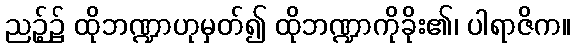
ညဉ့်၌ ထိုဘဏ္ဍာဟုမှတ်၍ ထိုဘဏ္ဍာကိုခိုး၏၊ ပါရာဇိက။